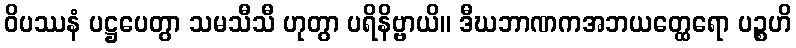
ဝိပဿနံ ပဋ္ဌပေတွာ သမသီသီ ဟုတွာ ပရိနိဗ္ဗာယိ။ ဒီဃဘာဏကအဘယတ္ထေရော ပဉ္စဟိ